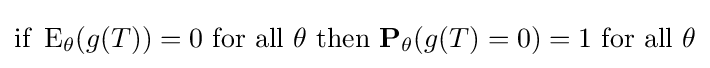
{\text{if }}\operatorname {E} _{\theta }(g(T))=0{\text{ for all }}\theta {\text{ then }}\mathbf {P} _{\theta }(g(T)=0)=1{\text{ for all }}\theta